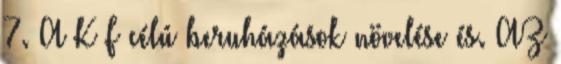
7. A K F célú beruházások növelése és. AZ